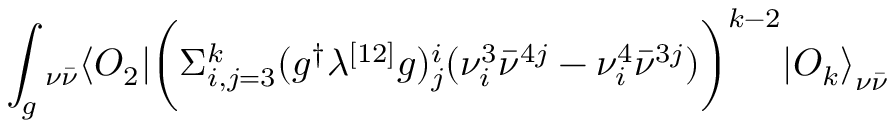
\int _ { g } { } _ { \nu \bar { \nu } } \langle O _ { 2 } | \biggl ( \Sigma _ { i , j = 3 } ^ { k } ( g ^ { \dagger } \lambda ^ { [ 1 2 ] } g ) _ { j } ^ { i } ( \nu _ { i } ^ { 3 } { \bar { \nu } } ^ { 4 j } - \nu _ { i } ^ { 4 } { \bar { \nu } } ^ { 3 j } ) \biggr ) ^ { k - 2 } { | O _ { k } \rangle } _ { \nu \bar { \nu } }